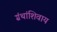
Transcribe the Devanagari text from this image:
ग्रंथांशिवाय